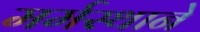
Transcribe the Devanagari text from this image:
मर्मस्थाने